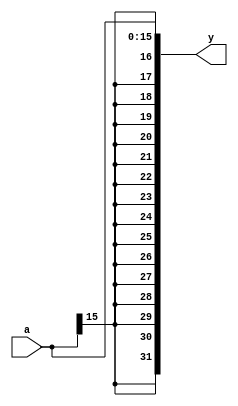
module signextend#(parameter N=16,M=32)(input [N-1:0]a,output [M-1:0]y);
	assign y = {{(M-N){a[N-1]}},a};
endmodule

module signextend_tb;
	parameter N=16,M=32;
	reg [N-1:0]a;
	wire [M-1:0]y;
	
	signextend #(N,M)DUT(.a(a),.y(y));
	
	initial
	begin
		a = 10;#1;
		$display("a = 10,y = %d",y);#1;
		
		a = 20;#1;
		$display("a = 20,y = %d",y);#1;
		
		a = 32768;#1;
		$display("a = 32768,y = %d",y);#1;
	end
endmodule